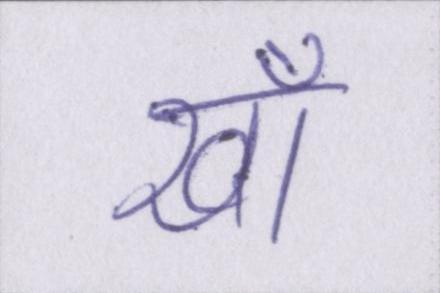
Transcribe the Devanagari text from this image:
ख़ाँ